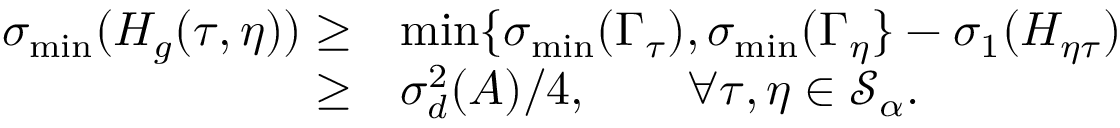
\begin{array} { r l } { \sigma _ { \operatorname* { m i n } } ( H _ { g } ( \tau , \eta ) ) \geq } & { \operatorname* { m i n } \{ \sigma _ { \operatorname* { m i n } } ( \Gamma _ { \tau } ) , \sigma _ { \operatorname* { m i n } } ( \Gamma _ { \eta } \} - \sigma _ { 1 } ( H _ { \eta \tau } ) } \\ { \geq } & { \sigma _ { d } ^ { 2 } ( A ) / 4 , \qquad \forall \tau , \eta \in \mathcal { S } _ { \alpha } . } \end{array}